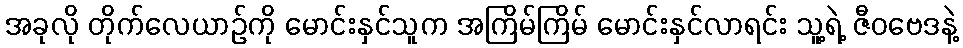
အခုလို တိုက်လေယာဉ်ကို မောင်းနှင်သူက အကြိမ်ကြိမ် မောင်းနှင်လာရင်း သူ့ရဲ့ ဇီဝဗေဒနဲ့